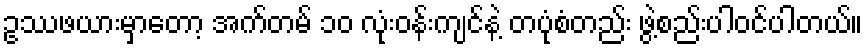
ဥဿဖယားမှာတော့ အက်တမ် ၁၀ လုံးဝန်းကျင်နဲ့ တပုံစံတည်း ဖွဲ့စည်းပါဝင်ပါတယ်။